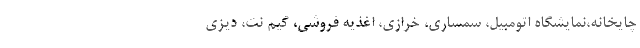
چایخانه،نمایشگاه اتومبیل، سمساری، خرازی، اغذیه فروشی، گیم نت، دیزی